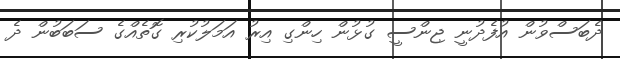
ދެބަސްވުން އުފެދުނީ ޖިންސީ ގުޅުން ހިންގި އިރު އަމަލުކުރި ގޮތެއްގެ ސަބަބުން ދެ